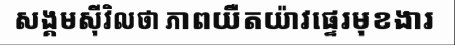
សង្គមស៊ីវិលថា ភាពយឺតយ៉ាវផ្ទេរមុខងារ